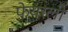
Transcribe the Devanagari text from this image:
फेयरली